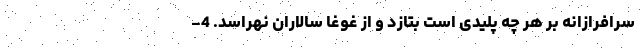
سرافرازانه بر هر چه پلیدی است بتازد و از غوغا سالاران نهراسد. 4-